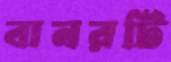
বানরটি